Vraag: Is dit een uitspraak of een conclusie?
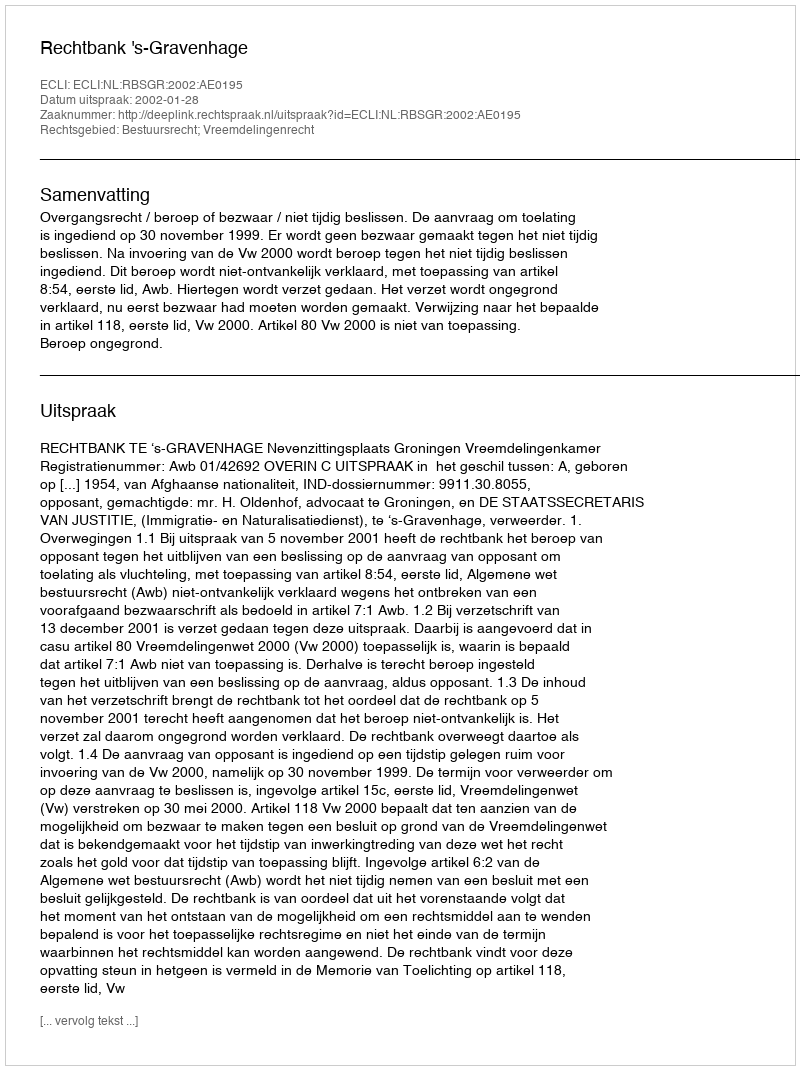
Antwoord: Uitspraak